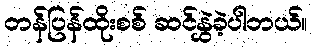
တန်ပြန်ထိုးစစ် ဆင်နွှဲခဲ့ပါတယ်။